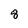
Character: 8